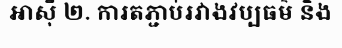
អាស៊ី ២. ការតភ្ជាប់រវាងវប្បធម៌ និង